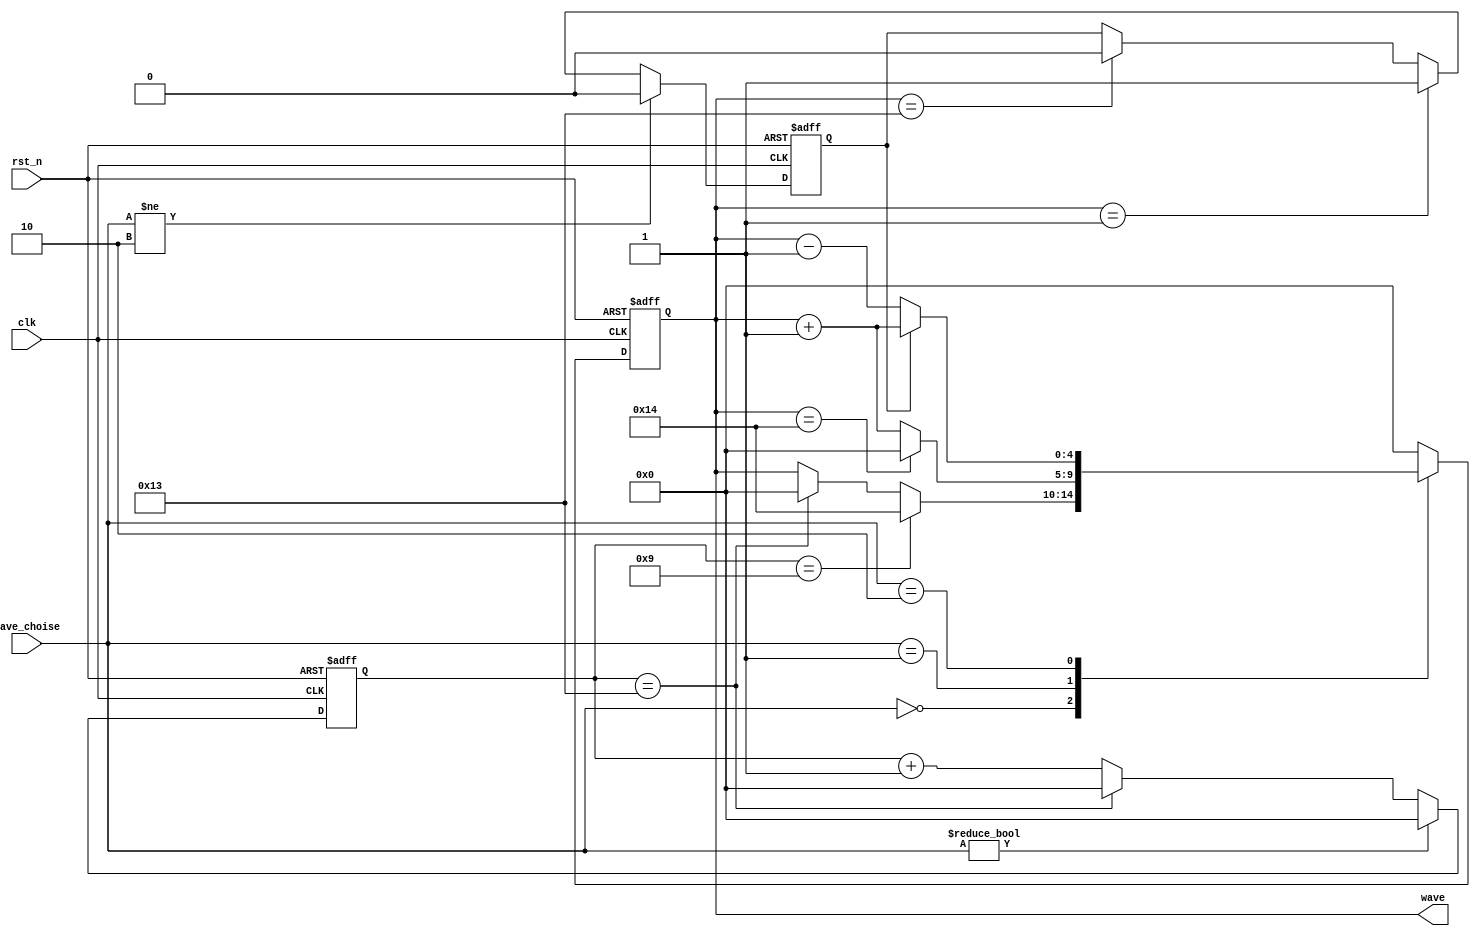
`timescale 1ns/1ns
module verified_signal_generator(
	input clk,
	input rst_n,
	input [1:0] wave_choise,
	output reg [4:0]wave
	);

    reg [4:0] cnt;
    reg flag;
    
  	// square
    always@(posedge clk or negedge rst_n) begin
        if(~rst_n)
            cnt <= 0;
        else
            cnt <= wave_choise!=0 ? 0:
                   cnt        ==19? 0:
                   cnt + 1;
    end
    
  	// tri
    always@(posedge clk or negedge rst_n) begin
        if(~rst_n)
            flag <= 0;
        else
            flag <= wave_choise!=2 ? 0:
                    wave       ==1 ? 1:
                    wave       ==19? 0:
                    flag;
    end
    
  
  	// update
    always@(posedge clk or negedge rst_n) begin
        if(~rst_n) 
            wave <= 0;
        else 
            case(wave_choise)
                0      : wave <= cnt == 9? 20    : 
                                 cnt ==19? 0     :
                                 wave;
                1      : wave <= wave==20? 0     : wave+1;
                2      : wave <= flag==0 ? wave-1: wave+1;
                default: wave <= 0;
            endcase
    end
endmodule